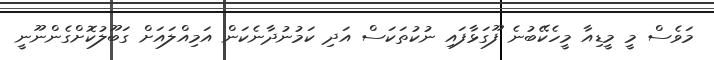
މަވެސް މީ މީޑިއާ މީހެކޭބުނެ ފޫގަޅާފައި ނުކުތަކަސް އަދި ކަމުނުދާނެކަން އަމިއްލައަށް ގަބޫލުކޮށްގެންނޫނީ